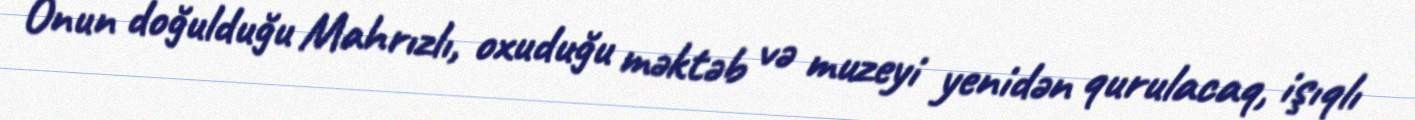
Onun doğulduğu Mahrızlı, oxuduğu məktəb və muzeyi yenidən qurulacaq, işıqlı